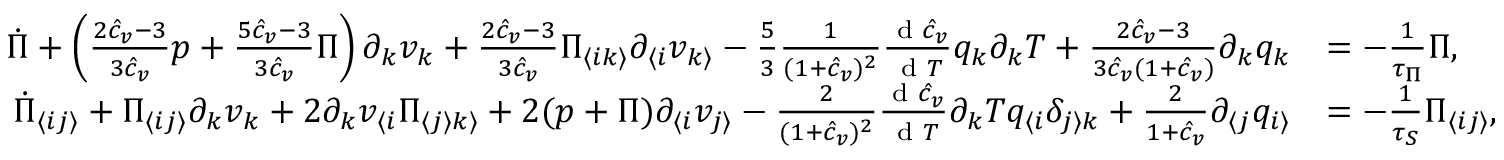
\begin{array} { r l } { \dot { \Pi } + \left( \frac { 2 \hat { c } _ { v } - 3 } { 3 \hat { c } _ { v } } p + \frac { 5 \hat { c } _ { v } - 3 } { 3 \hat { c } _ { v } } \Pi \right) \partial _ { k } v _ { k } + \frac { 2 \hat { c } _ { v } - 3 } { 3 \hat { c } _ { v } } \Pi _ { \langle i k \rangle } \partial _ { \langle i } v _ { k \rangle } - \frac { 5 } { 3 } \frac { 1 } { ( 1 + \hat { c } _ { v } ) ^ { 2 } } \frac { \textrm { d } \hat { c } _ { v } } { \textrm { d } T } q _ { k } \partial _ { k } T + \frac { 2 \hat { c } _ { v } - 3 } { 3 \hat { c } _ { v } ( 1 + \hat { c } _ { v } ) } \partial _ { k } q _ { k } } & { = - \frac { 1 } { \tau _ { \Pi } } \Pi , } \\ { \dot { \Pi } _ { \langle i j \rangle } + \Pi _ { \langle i j \rangle } \partial _ { k } v _ { k } + 2 \partial _ { k } v _ { \langle i } \Pi _ { \langle j \rangle k \rangle } + 2 ( p + \Pi ) \partial _ { \langle i } v _ { j \rangle } - \frac { 2 } { ( 1 + \hat { c } _ { v } ) ^ { 2 } } \frac { \textrm { d } \hat { c } _ { v } } { \textrm { d } T } \partial _ { k } T q _ { \langle i } \delta _ { j \rangle k } + \frac { 2 } { 1 + \hat { c } _ { v } } \partial _ { \langle j } q _ { i \rangle } } & { = - \frac { 1 } { \tau _ { S } } \Pi _ { \langle i j \rangle } , } \end{array}